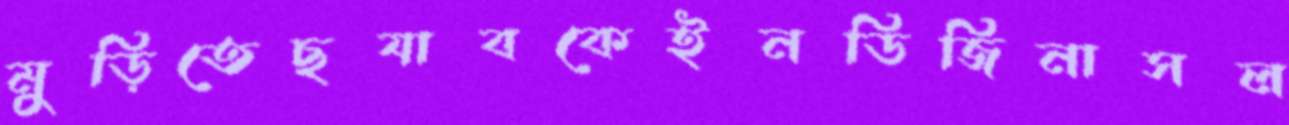
মুড়িতেছযাবকেইনডিজিনাসল